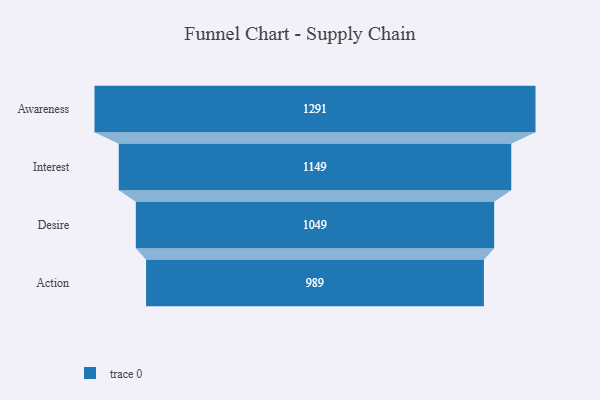
{"axis": {"x": "Stage", "y": "Value"}, "legend": [""], "data": [{"x": "Awareness", "y": 1291.0, "type": ""}, {"x": "Interest", "y": 1149.0, "type": ""}, {"x": "Desire", "y": 1049.0, "type": ""}, {"x": "Action", "y": 989.0, "type": ""}]}